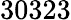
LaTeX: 30323